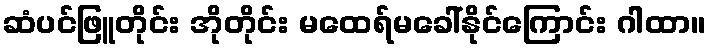
ဆံပင်ဖြူတိုင်း အိုတိုင်း မထေရ်မခေါ်နိုင်ကြောင်း ဂါထာ။